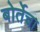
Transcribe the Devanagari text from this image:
बोर्तेचा